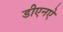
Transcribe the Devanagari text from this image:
डीएनऐ